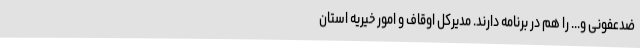
ضدعفونی و... را هم در برنامه دارند. مدیرکل اوقاف و امور خیریه استان